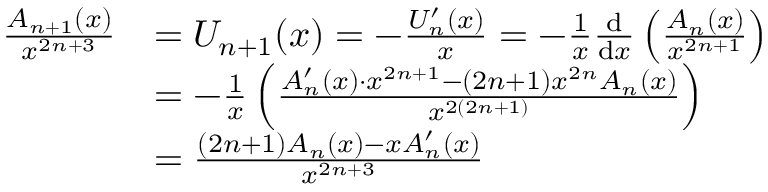
{ \begin{array} { r l } { { \frac { A _ { n + 1 } ( x ) } { x ^ { 2 n + 3 } } } } & { = U _ { n + 1 } ( x ) = - { \frac { U _ { n } ^ { \prime } ( x ) } { x } } = - { \frac { 1 } { x } } { \frac { \mathrm { d } } { \mathrm { d } x } } \left( { \frac { A _ { n } ( x ) } { x ^ { 2 n + 1 } } } \right) } \\ & { = - { \frac { 1 } { x } } \left( { \frac { A _ { n } ^ { \prime } ( x ) \cdot x ^ { 2 n + 1 } - ( 2 n + 1 ) x ^ { 2 n } A _ { n } ( x ) } { x ^ { 2 ( 2 n + 1 ) } } } \right) } \\ & { = { \frac { ( 2 n + 1 ) A _ { n } ( x ) - x A _ { n } ^ { \prime } ( x ) } { x ^ { 2 n + 3 } } } } \end{array} }